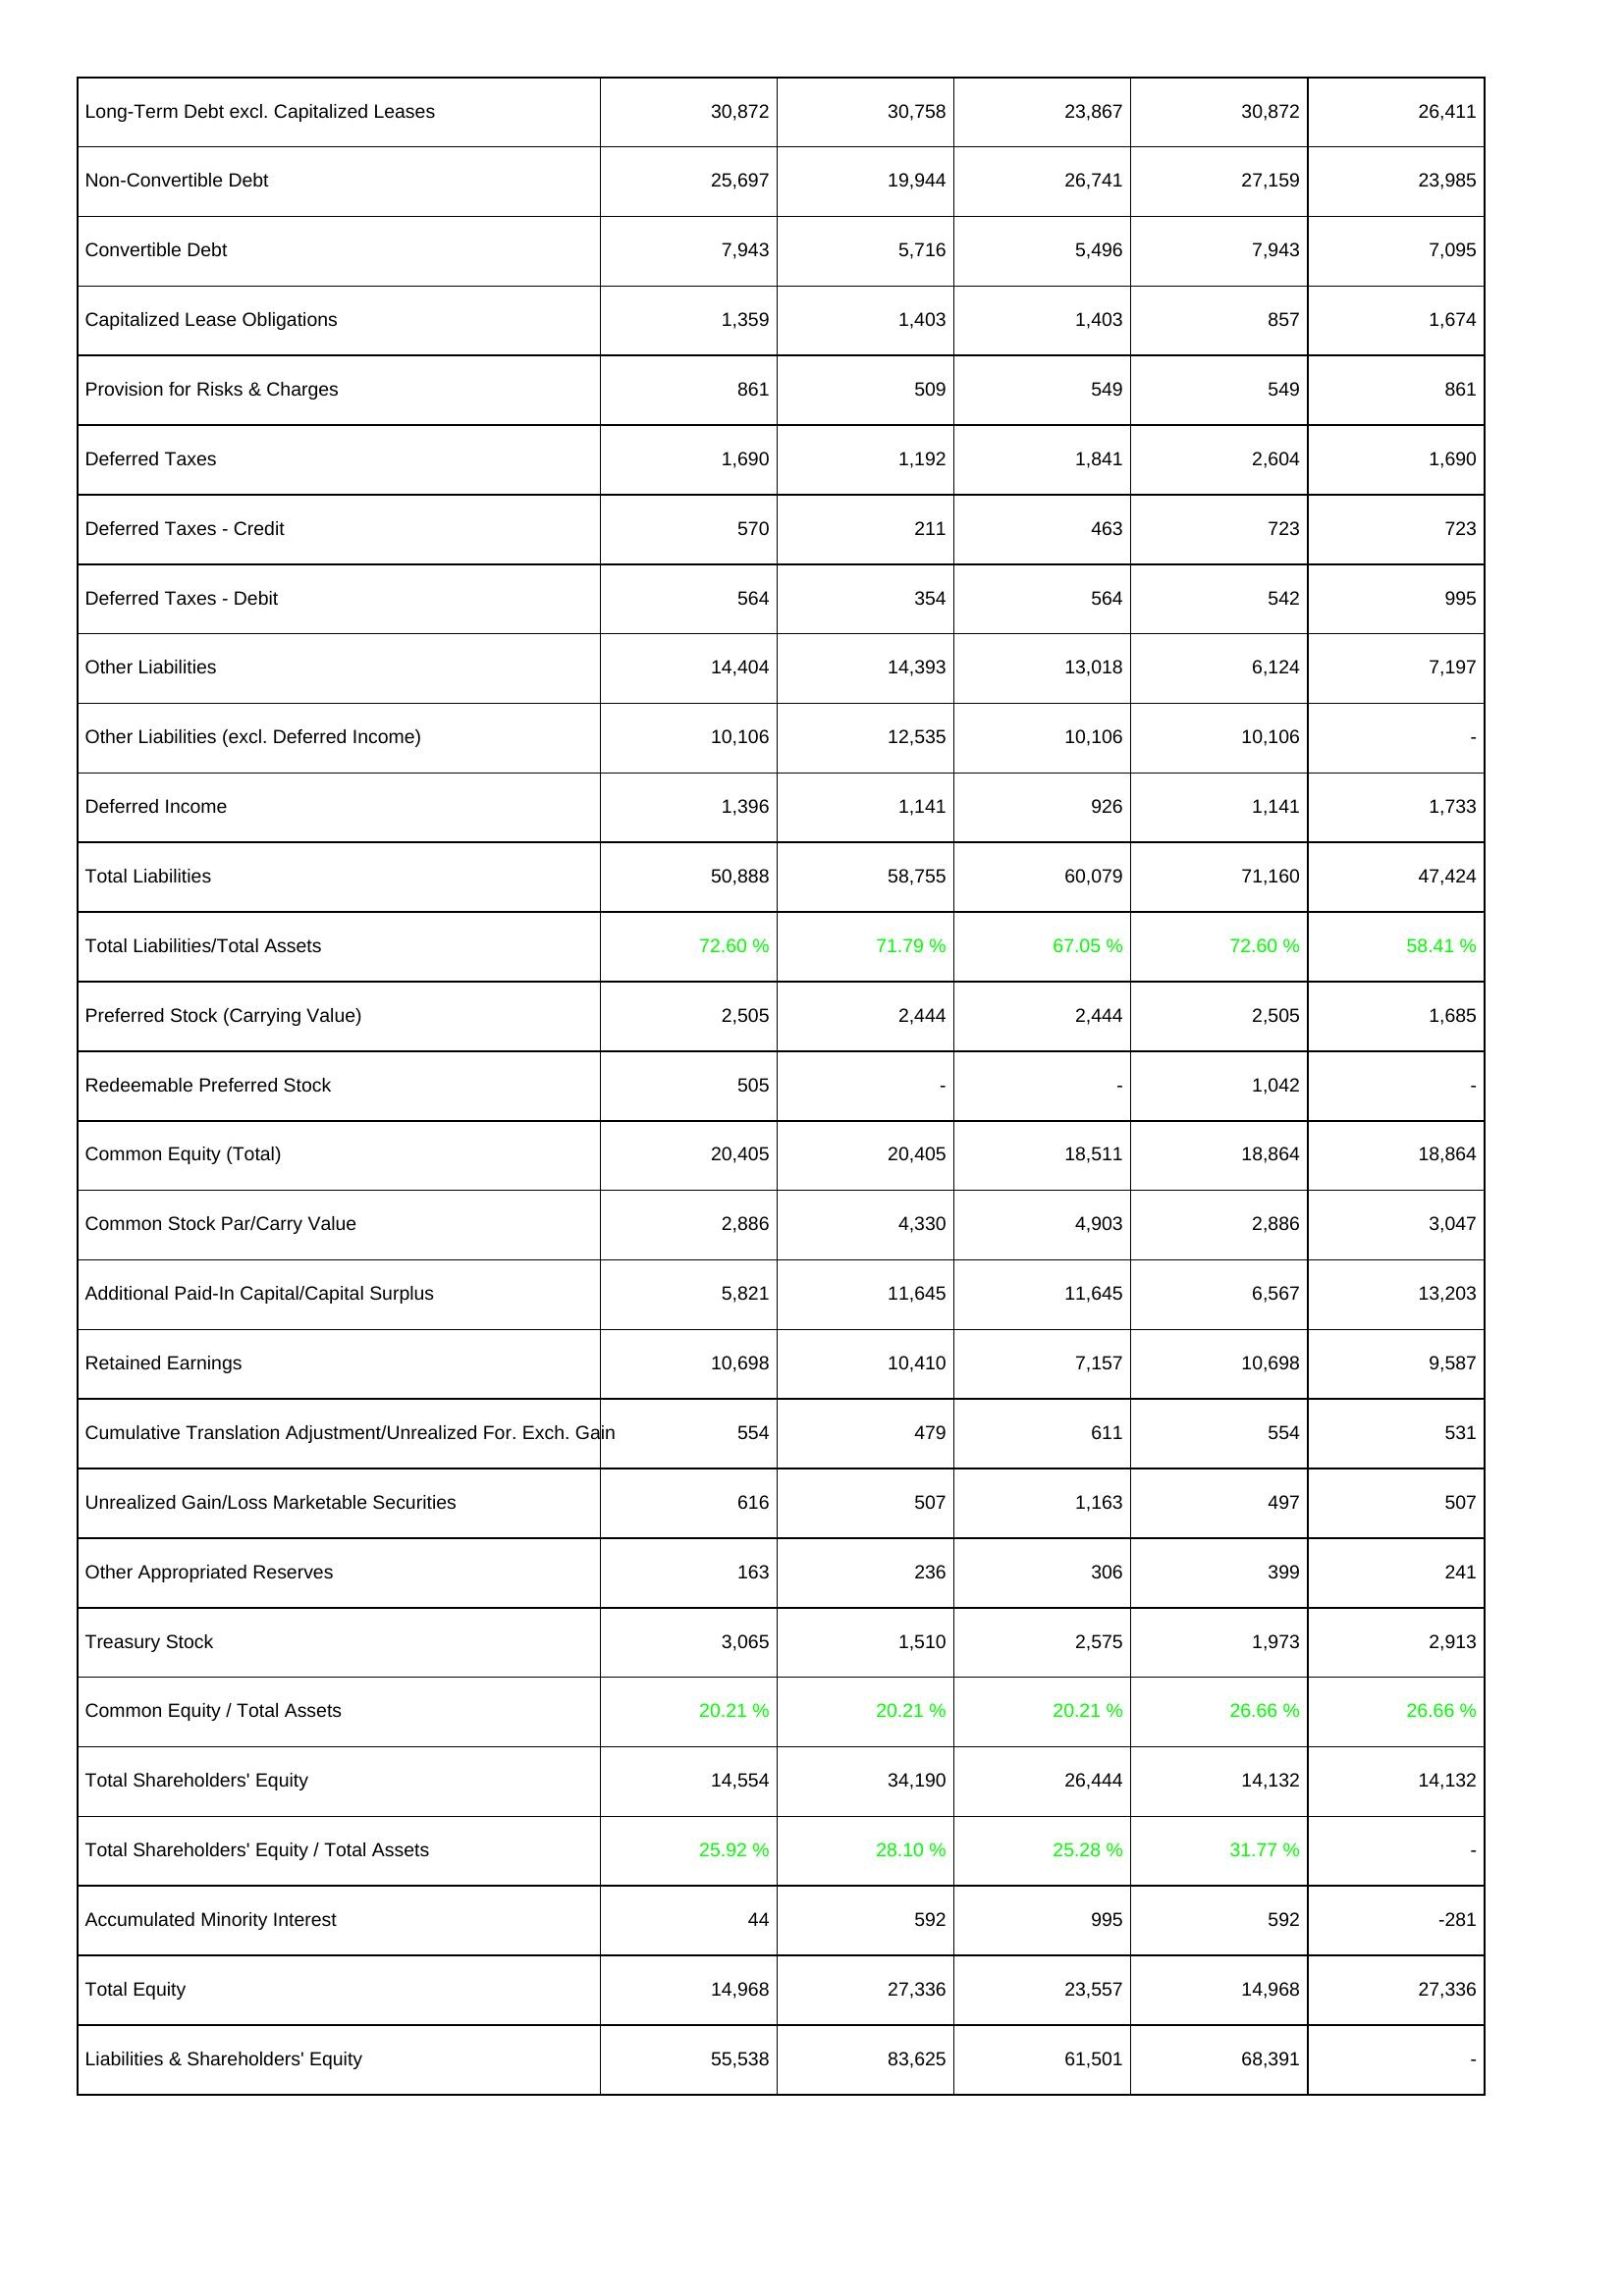
2017: Liabilities & Shareholders' Equity: Long-Term Debt excl. Capitalized Leases: 30,872
Non-Convertible Debt: 25,697
Convertible Debt: 7,943
Capitalized Lease Obligations: 1,359
Provision for Risks & Charges: 861
Deferred Taxes: 1,690
Deferred Taxes - Credit: 570
Deferred Taxes - Debit: 564
Other Liabilities: 14,404
Other Liabilities (excl. Deferred Income): 10,106
Deferred Income: 1,396
Total Liabilities: 50,888
Total Liabilities/Total Assets: 72.60 %
Preferred Stock (Carrying Value): 2,505
Redeemable Preferred Stock: 505
Common Equity (Total): 20,405
Common Stock Par/Carry Value: 2,886
Additional Paid-In Capital/Capital Surplus: 5,821
Retained Earnings: 10,698
Cumulative Translation Adjustment/Unrealized For. Exch. Gain: 554
Unrealized Gain/Loss Marketable Securities: 616
Other Appropriated Reserves: 163
Treasury Stock: 3,065
Common Equity / Total Assets: 20.21 %
Total Shareholders' Equity: 14,554
Total Shareholders' Equity / Total Assets: 25.92 %
Accumulated Minority Interest: 44
Total Equity: 14,968
Liabilities & Shareholders' Equity: 55,538
2016: Liabilities & Shareholders' Equity: Long-Term Debt excl. Capitalized Leases: 30,758
Non-Convertible Debt: 19,944
Convertible Debt: 5,716
Capitalized Lease Obligations: 1,403
Provision for Risks & Charges: 509
Deferred Taxes: 1,192
Deferred Taxes - Credit: 211
Deferred Taxes - Debit: 354
Other Liabilities: 14,393
Other Liabilities (excl. Deferred Income): 12,535
Deferred Income: 1,141
Total Liabilities: 58,755
Total Liabilities/Total Assets: 71.79 %
Preferred Stock (Carrying Value): 2,444
Redeemable Preferred Stock: -
Common Equity (Total): 20,405
Common Stock Par/Carry Value: 4,330
Additional Paid-In Capital/Capital Surplus: 11,645
Retained Earnings: 10,410
Cumulative Translation Adjustment/Unrealized For. Exch. Gain: 479
Unrealized Gain/Loss Marketable Securities: 507
Other Appropriated Reserves: 236
Treasury Stock: 1,510
Common Equity / Total Assets: 20.21 %
Total Shareholders' Equity: 34,190
Total Shareholders' Equity / Total Assets: 28.10 %
Accumulated Minority Interest: 592
Total Equity: 27,336
Liabilities & Shareholders' Equity: 83,625
2015: Liabilities & Shareholders' Equity: Long-Term Debt excl. Capitalized Leases: 23,867
Non-Convertible Debt: 26,741
Convertible Debt: 5,496
Capitalized Lease Obligations: 1,403
Provision for Risks & Charges: 549
Deferred Taxes: 1,841
Deferred Taxes - Credit: 463
Deferred Taxes - Debit: 564
Other Liabilities: 13,018
Other Liabilities (excl. Deferred Income): 10,106
Deferred Income: 926
Total Liabilities: 60,079
Total Liabilities/Total Assets: 67.05 %
Preferred Stock (Carrying Value): 2,444
Redeemable Preferred Stock: -
Common Equity (Total): 18,511
Common Stock Par/Carry Value: 4,903
Additional Paid-In Capital/Capital Surplus: 11,645
Retained Earnings: 7,157
Cumulative Translation Adjustment/Unrealized For. Exch. Gain: 611
Unrealized Gain/Loss Marketable Securities: 1,163
Other Appropriated Reserves: 306
Treasury Stock: 2,575
Common Equity / Total Assets: 20.21 %
Total Shareholders' Equity: 26,444
Total Shareholders' Equity / Total Assets: 25.28 %
Accumulated Minority Interest: 995
Total Equity: 23,557
Liabilities & Shareholders' Equity: 61,501
2014: Liabilities & Shareholders' Equity: Long-Term Debt excl. Capitalized Leases: 30,872
Non-Convertible Debt: 27,159
Convertible Debt: 7,943
Capitalized Lease Obligations: 857
Provision for Risks & Charges: 549
Deferred Taxes: 2,604
Deferred Taxes - Credit: 723
Deferred Taxes - Debit: 542
Other Liabilities: 6,124
Other Liabilities (excl. Deferred Income): 10,106
Deferred Income: 1,141
Total Liabilities: 71,160
Total Liabilities/Total Assets: 72.60 %
Preferred Stock (Carrying Value): 2,505
Redeemable Preferred Stock: 1,042
Common Equity (Total): 18,864
Common Stock Par/Carry Value: 2,886
Additional Paid-In Capital/Capital Surplus: 6,567
Retained Earnings: 10,698
Cumulative Translation Adjustment/Unrealized For. Exch. Gain: 554
Unrealized Gain/Loss Marketable Securities: 497
Other Appropriated Reserves: 399
Treasury Stock: 1,973
Common Equity / Total Assets: 26.66 %
Total Shareholders' Equity: 14,132
Total Shareholders' Equity / Total Assets: 31.77 %
Accumulated Minority Interest: 592
Total Equity: 14,968
Liabilities & Shareholders' Equity: 68,391
2013: Liabilities & Shareholders' Equity: Long-Term Debt excl. Capitalized Leases: 26,411
Non-Convertible Debt: 23,985
Convertible Debt: 7,095
Capitalized Lease Obligations: 1,674
Provision for Risks & Charges: 861
Deferred Taxes: 1,690
Deferred Taxes - Credit: 723
Deferred Taxes - Debit: 995
Other Liabilities: 7,197
Other Liabilities (excl. Deferred Income): -
Deferred Income: 1,733
Total Liabilities: 47,424
Total Liabilities/Total Assets: 58.41 %
Preferred Stock (Carrying Value): 1,685
Redeemable Preferred Stock: -
Common Equity (Total): 18,864
Common Stock Par/Carry Value: 3,047
Additional Paid-In Capital/Capital Surplus: 13,203
Retained Earnings: 9,587
Cumulative Translation Adjustment/Unrealized For. Exch. Gain: 531
Unrealized Gain/Loss Marketable Securities: 507
Other Appropriated Reserves: 241
Treasury Stock: 2,913
Common Equity / Total Assets: 26.66 %
Total Shareholders' Equity: 14,132
Total Shareholders' Equity / Total Assets: -
Accumulated Minority Interest: -281
Total Equity: 27,336
Liabilities & Shareholders' Equity: -